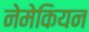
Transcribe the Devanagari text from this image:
नेमेकियन